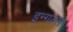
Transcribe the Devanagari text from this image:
इन्गल्स